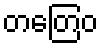
တတြေဝ